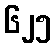
၆၂၅